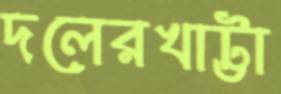
দলেরখাট্টা